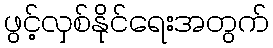
ဖွင့်လှစ်နိုင်ရေးအတွက်